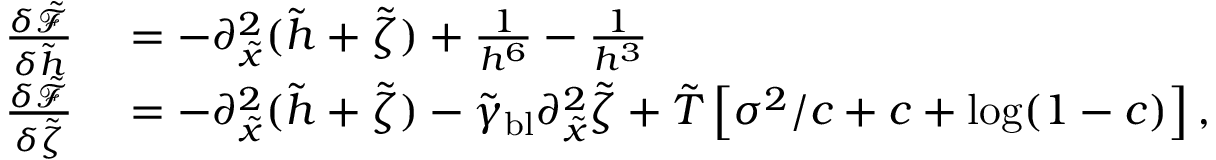
\begin{array} { r l } { \frac { \delta \tilde { \mathcal { F } } } { \delta \tilde { h } } } & { { } = - \partial _ { \tilde { x } } ^ { 2 } ( \tilde { h } + \tilde { \zeta } ) + \frac { 1 } { h ^ { 6 } } - \frac { 1 } { h ^ { 3 } } } \\ { \frac { \delta \tilde { \mathcal { F } } } { \delta \tilde { \zeta } } } & { { } = - \partial _ { \tilde { x } } ^ { 2 } ( \tilde { h } + \tilde { \zeta } ) - \tilde { \gamma } _ { \mathrm { b l } } \partial _ { \tilde { x } } ^ { 2 } \tilde { \zeta } + \tilde { T } \left[ \sigma ^ { 2 } / c + c + \log ( 1 - c ) \right] , } \end{array}